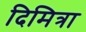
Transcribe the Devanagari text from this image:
दिमित्रा